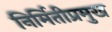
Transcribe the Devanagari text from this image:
निर्मितीप्रमुख